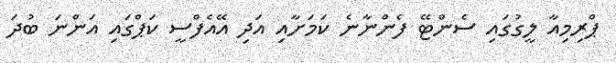
ޕްރިމިއާ ލީގުގައި ސެންޓޭ ފެންނާނެ ކަމަށާއި އަދި އޭއެފްސީ ކަޕްގައި އަންނަ ބުދަ